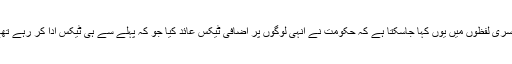
دوسری لفظوں میں یوں کہا جاسکتا ہے کہ حکومت نے انہی لوگوں پر اضافی ٹیکس عائد کیا جو کہ پہلے سے ہی ٹیکس ادا کر رہے تھے۔